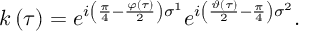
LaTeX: k \left( \tau \right) = e ^ { i \left( \frac { \pi } { 4 } - \frac { \varphi \left( \tau \right) } { 2 } \right) \sigma ^ { 1 } } e ^ { i \left( \frac { \vartheta \left( \tau \right) } { 2 } - \frac { \pi } { 4 } \right) \sigma ^ { 2 } } .